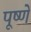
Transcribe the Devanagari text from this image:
पूष्णे